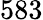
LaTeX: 583